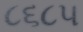
૮૬૮૫